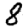
Digit: 8